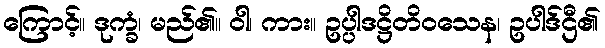
ကြောင့်။ ဒုက္ခံ၊ မည်၏။ ဝါ၊ ကား။ ဥပ္ပါဒဋ္ဌိတိဝသေန၊ ဥပါဒ်ဌီ၏